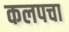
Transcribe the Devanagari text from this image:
कलपचा